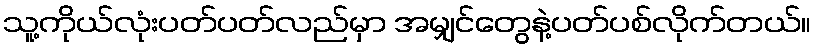
သူ့ကိုယ်လုံးပတ်ပတ်လည်မှာ အမျှင်တွေနဲ့ပတ်ပစ်လိုက်တယ်။